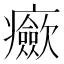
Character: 𤼏